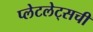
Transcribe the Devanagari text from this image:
प्लेटलेट्‌सची